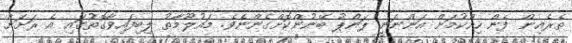
ތެރެއިން ފެން ހިއްކުމަށް އަންނަނީ ޕަންޕު ބޭނުންކޮށްގެންނެވެ. މައުލޫމާތު ލިބިފައިވާގޮތުގައި އެ ރަށަށް